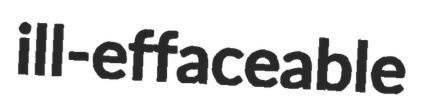
ill-effaceable